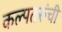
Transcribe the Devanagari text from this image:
कल्पतरूंची